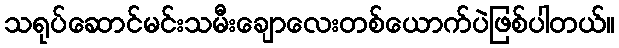
သရုပ်ဆောင်မင်းသမီးချောလေးတစ်ယောက်ပဲဖြစ်ပါတယ်။